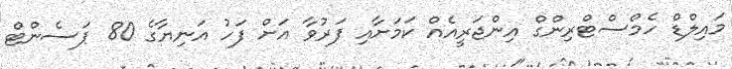
މައިލްޑް ހެމްސްޓްރިންގް އިންޖަރީއެއް ކަމަށާއި ފަރުވާ އަށް ފަހު އަނިޔާގެ 80 ޕަސެންޓް